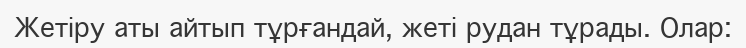
Жетіру аты айтып тұрғандай, жеті рудан тұрады. Олар: